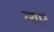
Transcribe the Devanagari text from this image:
त्यार